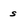
Character: s